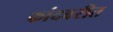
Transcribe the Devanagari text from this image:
कांदबरीत